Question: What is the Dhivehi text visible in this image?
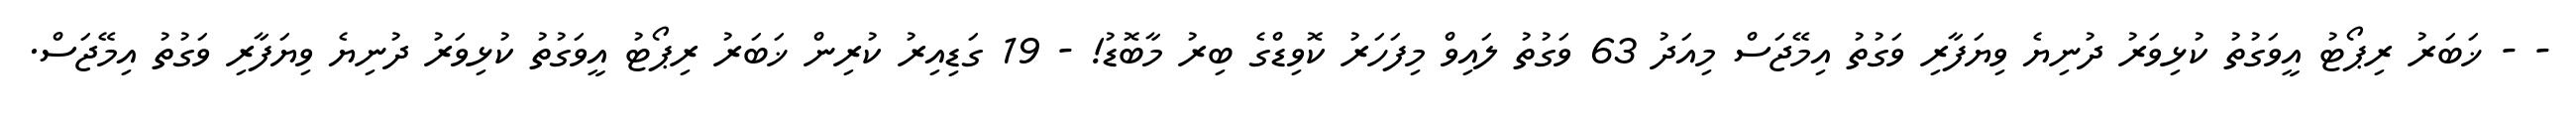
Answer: - - ޚަބަރު ރިޕޯޓު އީވަގުތު ކުޅިވަރު ދުނިޔެ ވިޔަފާރި ވަގުތު އިމޭޖަސް މިއަދު 63 ވަގުތު ލައިވް މިފަހަރު ކޮވިޑްގެ ބިރު މާބޮޑު! - 19 ގަޑިއިރު ކުރިން ޚަބަރު ރިޕޯޓު އީވަގުތު ކުޅިވަރު ދުނިޔެ ވިޔަފާރި ވަގުތު އިމޭޖަސް.